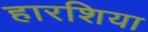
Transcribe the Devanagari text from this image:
हारशिया